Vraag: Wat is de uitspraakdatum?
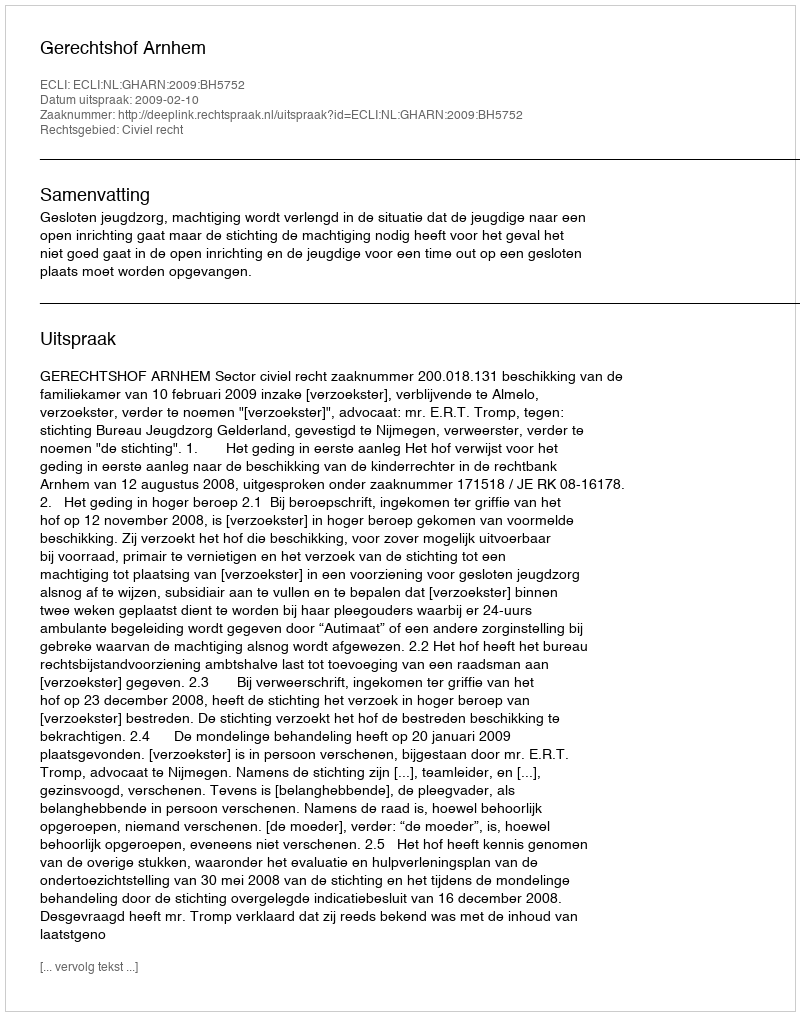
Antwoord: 2009-02-10